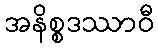
အနိစ္စဒဿာဝီ